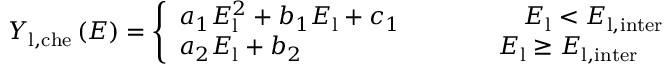
Y _ { \mathrm { l , c h e } } \left( E \right) = \left\{ \begin{array} { l } { a _ { 1 } E _ { \mathrm { l } } ^ { 2 } + b _ { 1 } E _ { \mathrm { l } } + c _ { 1 } \quad \qquad \qquad E _ { \mathrm { l } } < { E _ { \mathrm { l , i n t e r } } } } \\ { a _ { 2 } E _ { \mathrm { l } } + b _ { 2 } \qquad \qquad \qquad \qquad E _ { \mathrm { l } } \ge { E _ { \mathrm { l , i n t e r } } } } \end{array} \right.